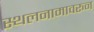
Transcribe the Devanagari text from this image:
स्थलनामावरून